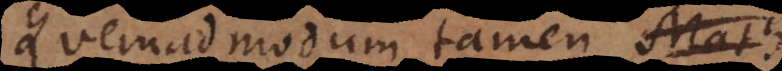
Quemadmodum tamen Math